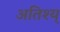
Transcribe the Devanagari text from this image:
अतिश्य्